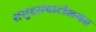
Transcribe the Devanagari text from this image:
समुद्रसपाटीलगत